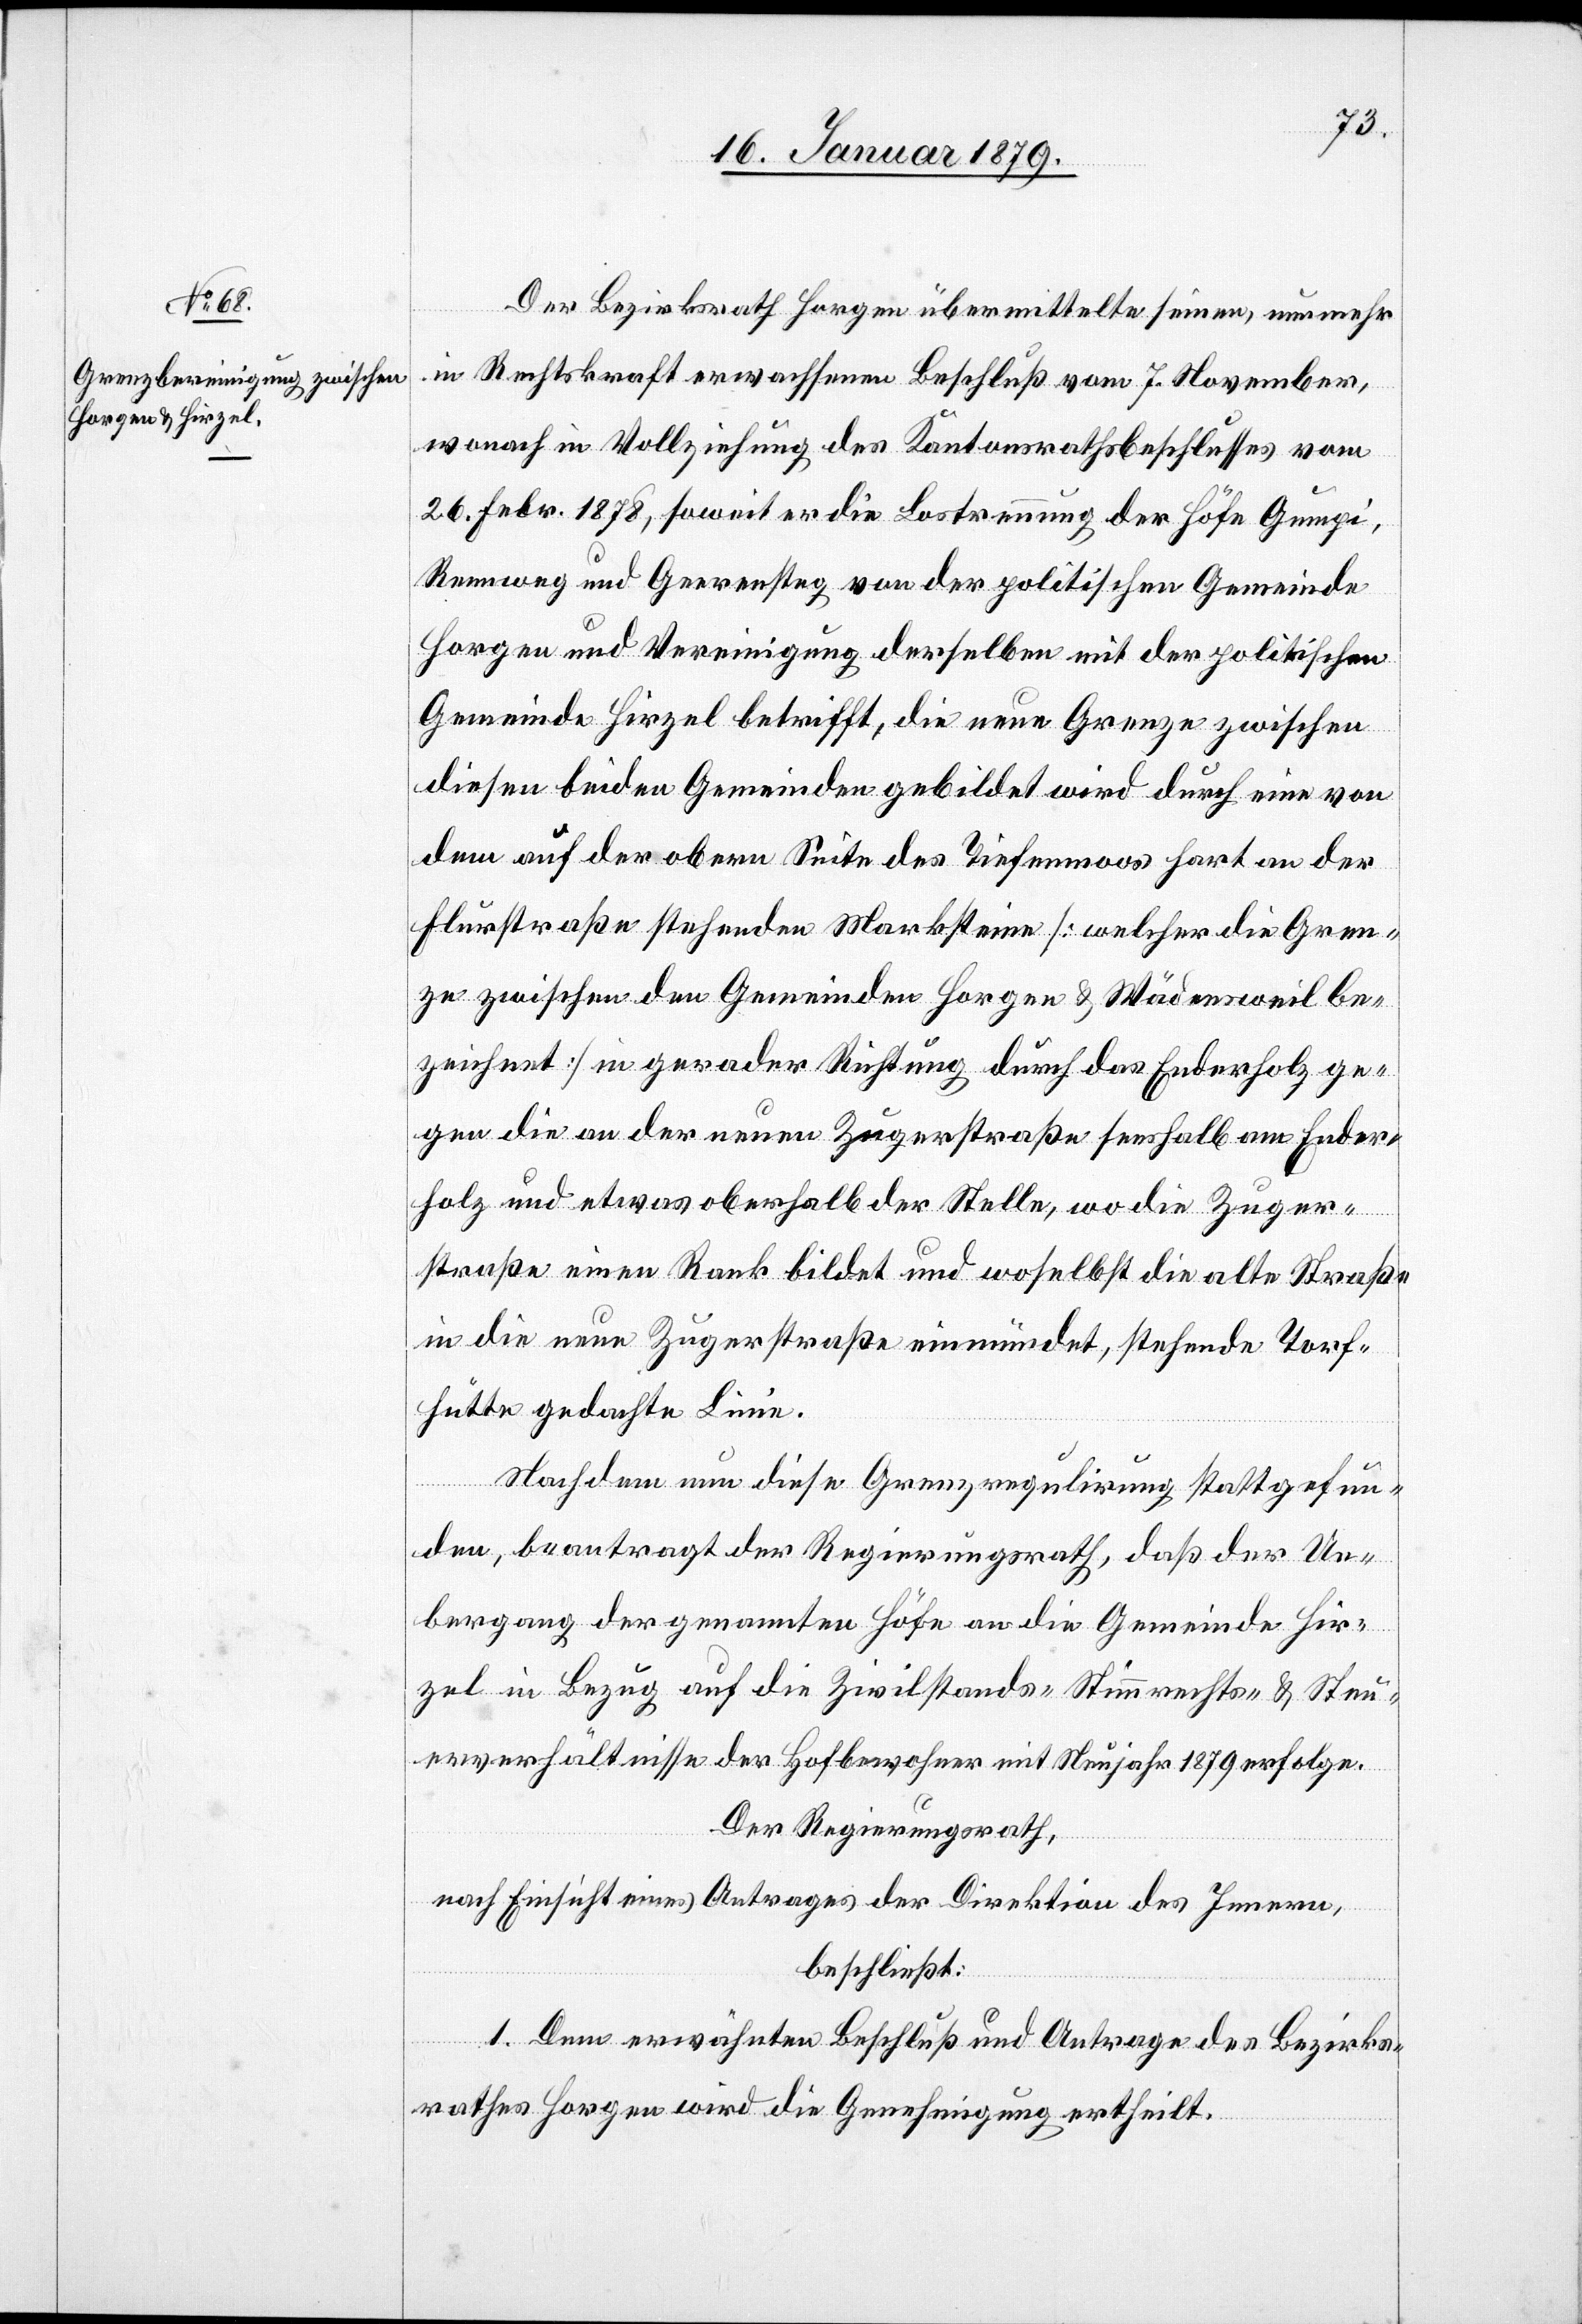
Der Bezirksrath Horgen übermittelt seinen, nunmehr
in Rechtskraft erwachsenen Beschluß vom 7. November,
wonach in Vollziehung des Kantonsrathsbeschlusses vom
26. Febr. 1878, soweit er die Lostrennung der Höfe Gumpi,
Rennweg und Geerensteg von der politischen Gemeinde
Horgen und Vereinigung derselben mit der politischen
Gemeinde Hirzel betrifft, die neue Grenze zwischen
diesen beiden Gemeinden gebildet wird durch eine von
dem auf der obern Seite des Tiefenmoos hart an der
Flurstraße stehenden Marksteine [welcher die Gren¬
ze zwischen den Gemeinden Horgen & Wädensweil be¬
zeichnet] in gerader Richtung durch das Enderholz ge¬
gen die an der neuen Zugerstraße seehalb am Ender¬
holz und etwas oberhalb der Stelle, wo die Zuger¬
straße einen Rank bildet und woselbst die alte Straße
in die neue Zugerstraße einmündet, stehende Torf¬
hütte gedachte Linie.
Nachdem nun diese Grenzregulirung stattgefun¬
den, beantragt der Regierungsrath, daß der Ue¬
bergang der genannten Höfe an die Gemeinde Hir¬
zel in Bezug auf die Zivilstands- Stimmrechts- & Steu¬
erverhältnisse der Hofbewohner mit Neujahr 1879 erfolge.
Der Regierungsrath,
nach Einsicht eines Antrages der Direktion des Innern,
beschließt:
1. Dem erwähnten Beschluß und Antrag des Bezirks¬
rathes Horgen wird die Genehmigung ertheilt.